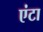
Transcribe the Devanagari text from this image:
एंटा